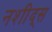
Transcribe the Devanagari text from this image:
नशीद्स